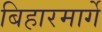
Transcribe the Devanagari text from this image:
बिहारमार्गे